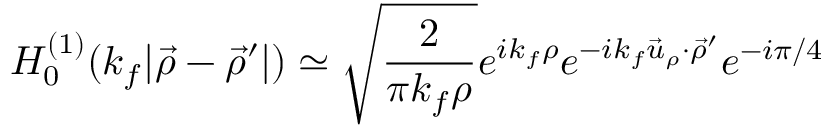
H _ { 0 } ^ { ( 1 ) } ( k _ { f } \vert \vec { \rho } - \vec { \rho } ^ { \prime } \vert ) \simeq \sqrt { \frac { 2 } { \pi k _ { f } \rho } } e ^ { i k _ { f } \rho } e ^ { - i k _ { f } \vec { u } _ { \rho } \cdot \vec { \rho } ^ { \prime } } e ^ { - i \pi / 4 }